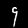
Label: 9